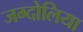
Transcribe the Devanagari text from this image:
जग्दोलिया